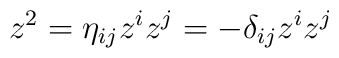
z^{2}=\eta _{ij}z^{i}z^{j}=-\delta _{ij}z^{i}z^{j}